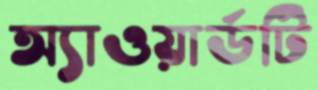
অ্যাওয়ার্ডটি